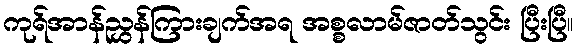
ကုရ်အာန်ညွှန်ကြားချက်အရ အစ္စလာမ်ဇာတ်သွင်း ပြီးပြီ။